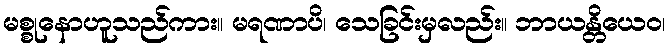
မစ္စုနောဟူသည်ကား။ မရဏာပိ၊ သေခြင်းမှလည်း။ ဘာယန္တိယေဝ၊